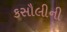
કસૌલીની